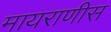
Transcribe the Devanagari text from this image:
मायराणीस